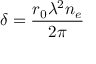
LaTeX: \delta = { \frac { r _ { 0 } \lambda ^ { 2 } n _ { e } } { 2 \pi } }